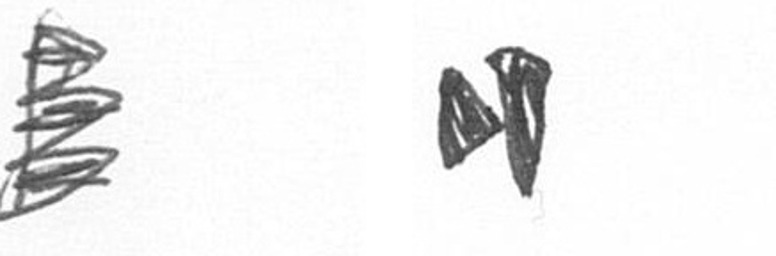
H M